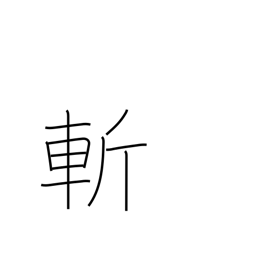
Meaning: kill